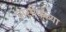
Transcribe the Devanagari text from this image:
वासीकच्या